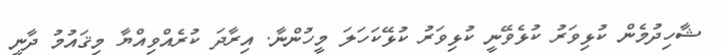
ޝާހިދުމެން ކުޅިވަރު ކުޅެވޭނީ ކުޅިވަރު ކުޅޭކަހަލަ މީހުންނާ. އިރާދަ ކުރެއްވިއްޔާ މިޤައުމު ދާނީ